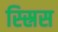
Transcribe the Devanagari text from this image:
स्स्रिस